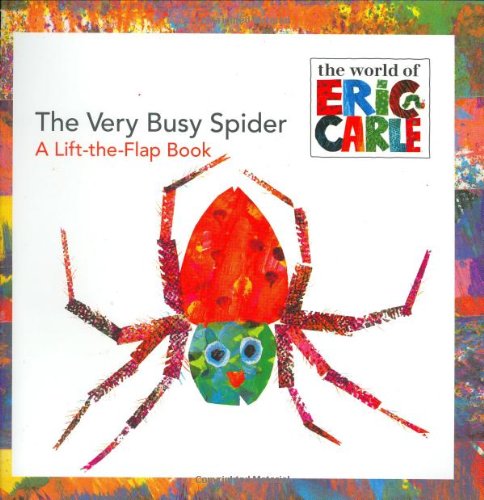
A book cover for The Very Busy Spider: A Lift-the-Flap Book (The World of Eric Carle); Eric Carle; Children's Books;